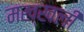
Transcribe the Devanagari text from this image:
मख्खली